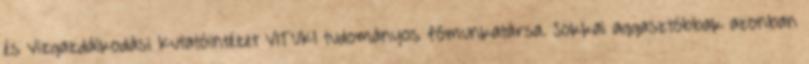
és Vízgazdálkodási Kutatóintézet VITUKI tudományos főmunkatársa. Sokkal aggasztóbbak azonban